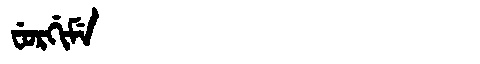
Manchu: ᠸᡠᡵᡤᡳᠮᡝ
Romanization: FURGIME